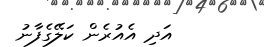
އަދި އެއުރެން ކަލޭގެފާނު